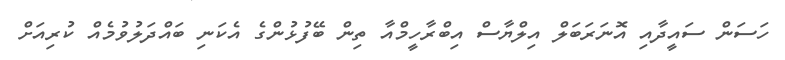
ހަސަން ސައީދާއި އޮނަރަބަލް އިލްޔާސް އިބްރާހީމްއާ ތިން ބޭފުޅުންގެ އެކަނި ބައްދަލުވުމެއް ކުރިއަށް